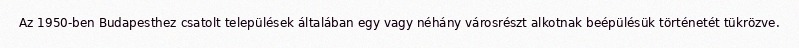
Az 1950-ben Budapesthez csatolt települések általában egy vagy néhány városrészt alkotnak beépülésük történetét tükrözve.